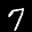
Label: 7